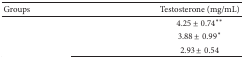
<table><thead><tr><td><b>Groups</b></td><td><b>Testosterone (mg/mL)</b></td></tr></thead><tbody><tr><td>[EMPTY_CELL]</td><td>4.25 ± 0.74<sup>∗∗</sup></td></tr><tr><td>[EMPTY_CELL]</td><td>3.88 ± 0.99<sup>∗</sup></td></tr><tr><td>[EMPTY_CELL]</td><td>2.93 ± 0.54</td></tr></tbody></table>